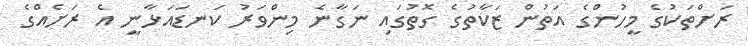
ރަށްތަކުގެ މީހުންގެ އަތުން ޒަކާތުގެ ގޮތުގައި ނަގާނެ މިންވަރު ކަނޑައަޅާނީ އެ ރަށެއްގެ